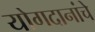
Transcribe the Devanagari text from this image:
योगदानांचे